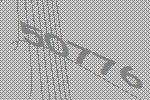
50776